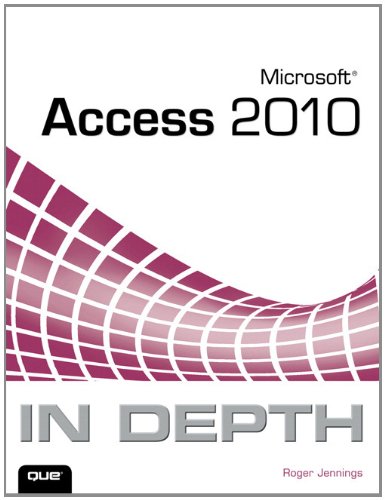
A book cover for Microsoft Access 2010 In Depth; Roger Jennings; Computers & Technology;